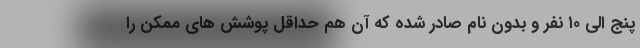
پنج الی ۱۰ نفر و بدون نام صادر شده که آن هم حداقل پوشش های ممکن را